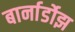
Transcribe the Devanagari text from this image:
बार्नार्डोझ